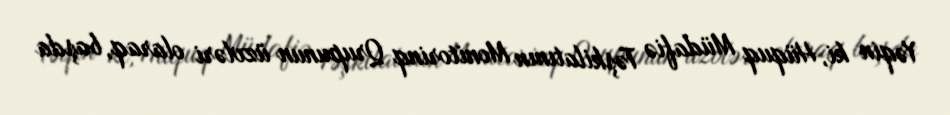
Yəqin ki, Hüquq Müdafiə Təşkilatının Monitorinq Qrupunun üzvləri olaraq, başda